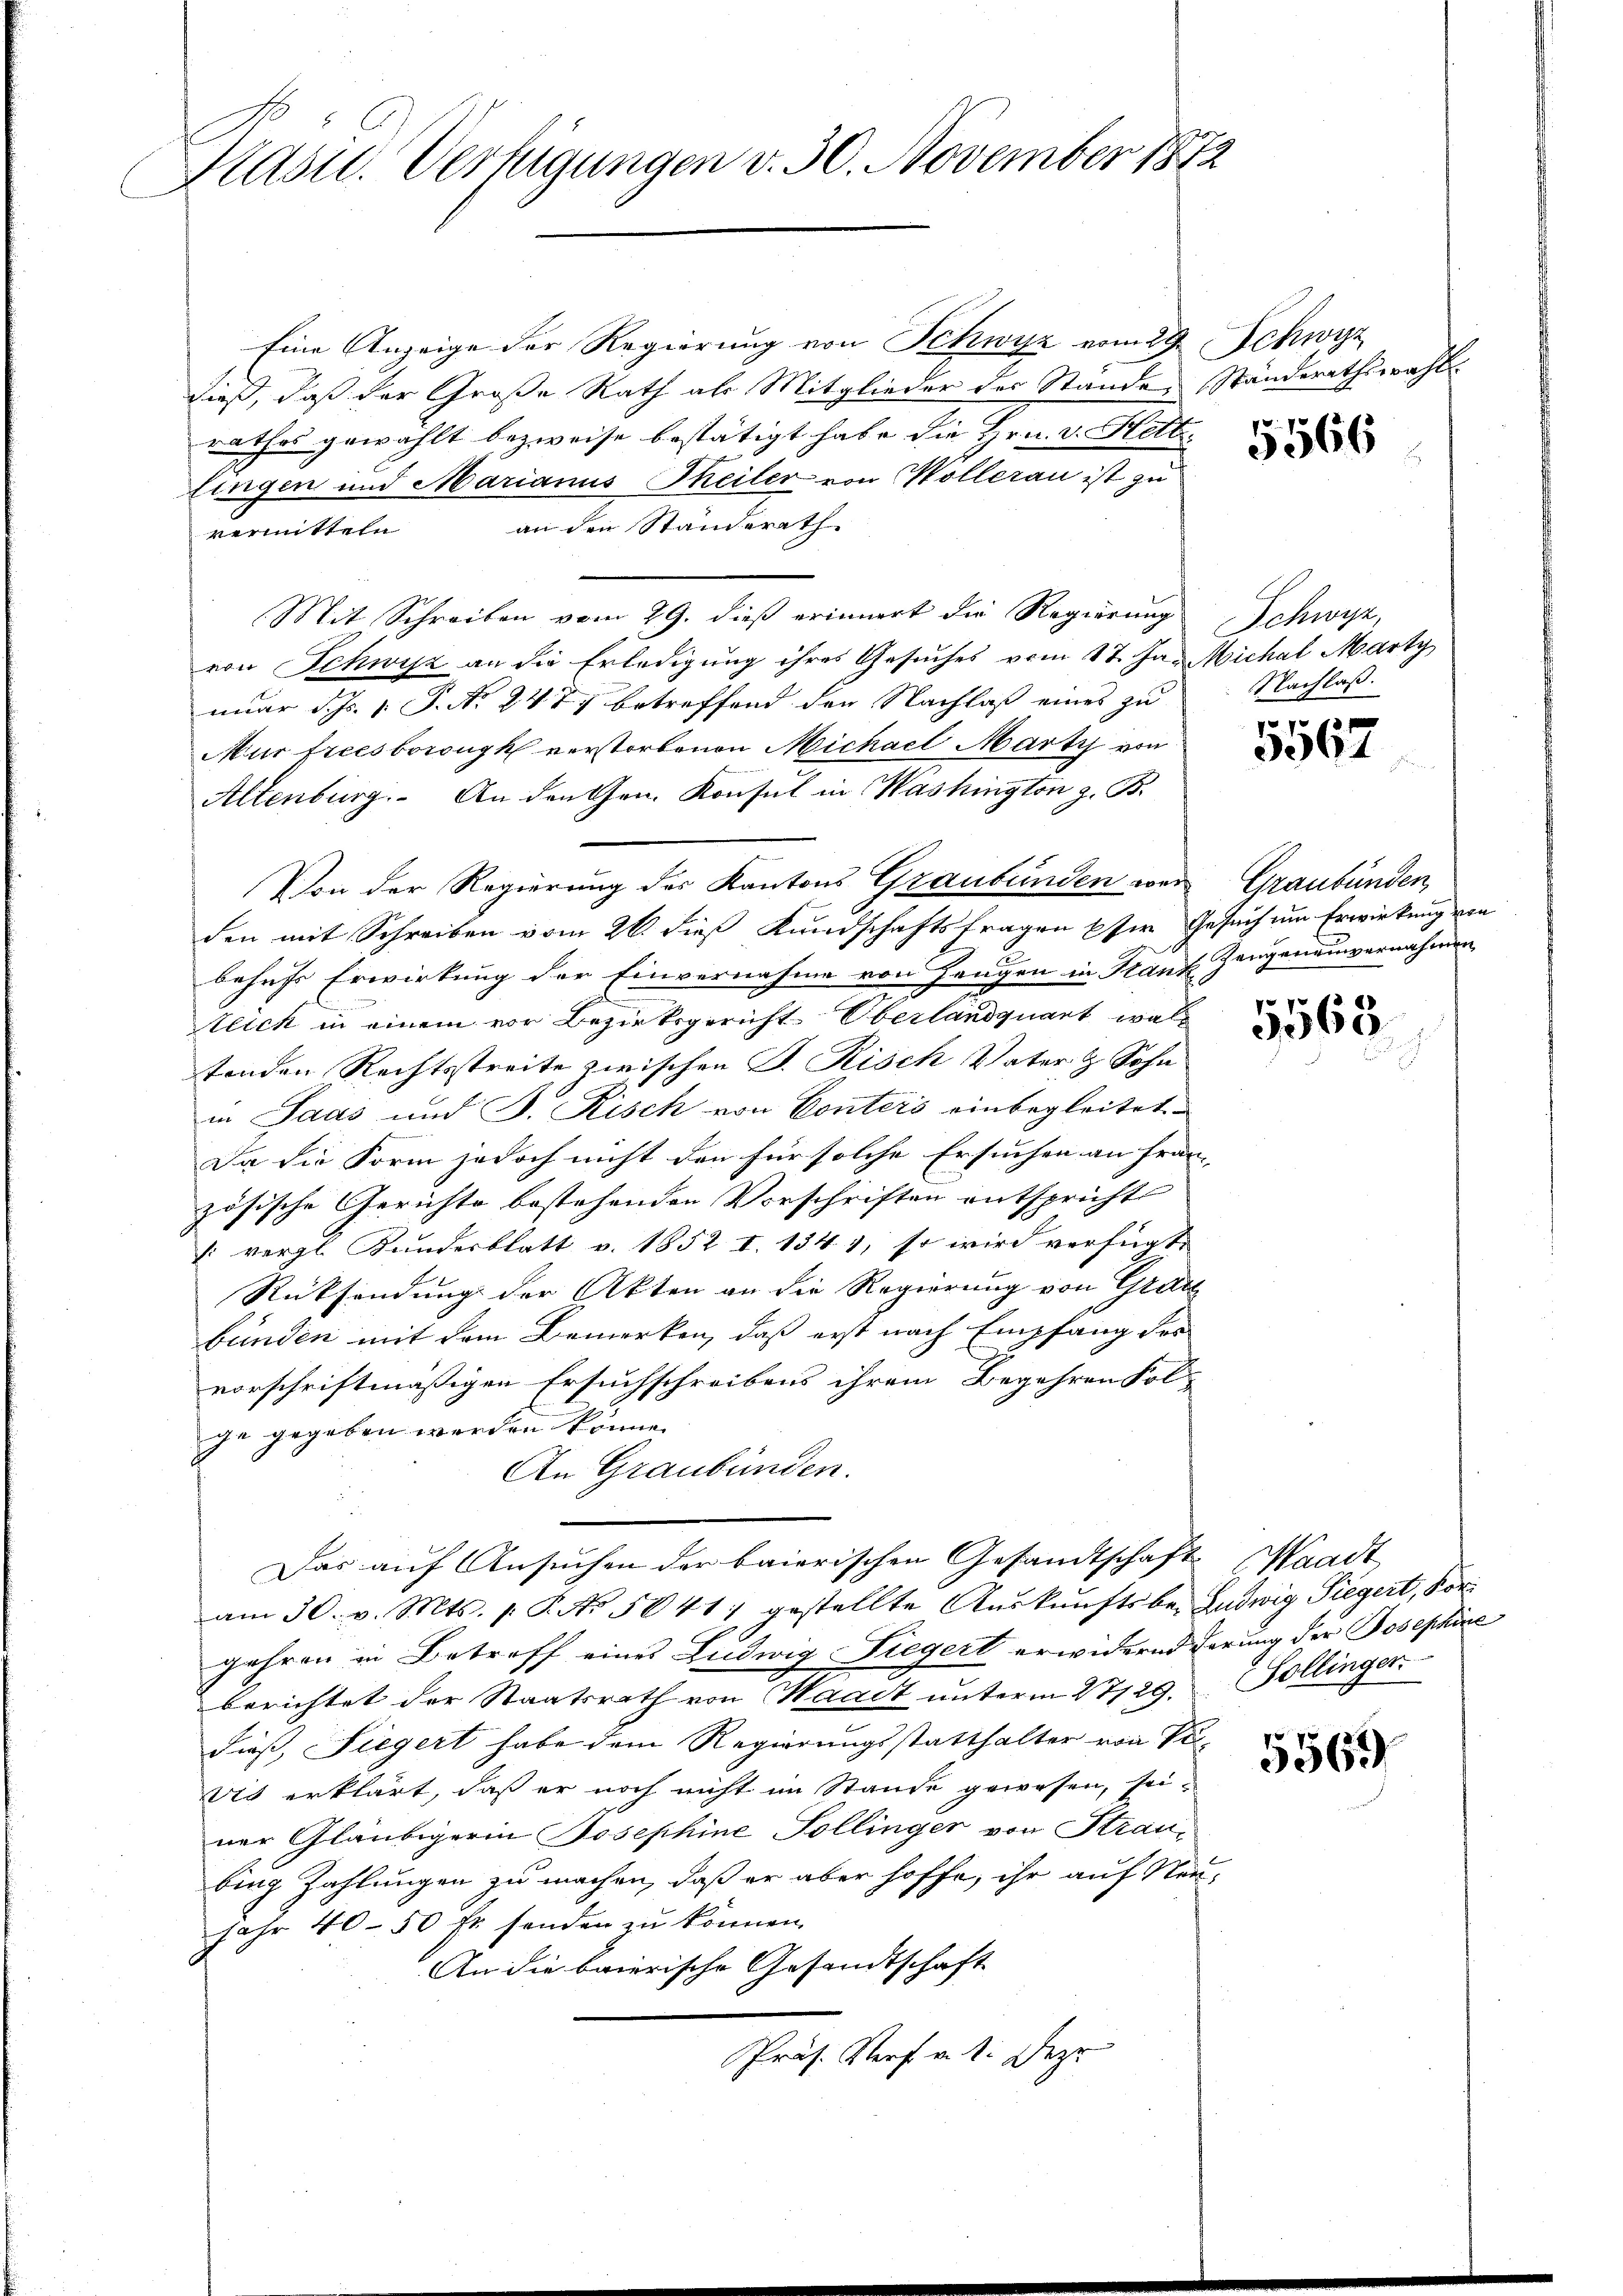
Prasil. Vertigungen v. 30. November 1872

Eine Anzeige der Regierung von Schwyz vom 29. Schwyz
dieß, daß der Große Rath als Mitglieder der Stande, Ständerathswahl
rathes gewählt bezweife bestätigt habe die Hrn. v. Hettlingen und Marianus Theiler von Wollerau ist zu
an den Standerath
vermitteln
Mit Schreiben vom 29. dieß erinnert die Regierung
von Schwyz an die Erledigung ihres Gesuches vom 17. Ja. Michal Marty
nuar d. Js. 1. P. No 24. 7) betreffend den Nachlaß eines zu
Mur Freesborough verstorbenen Michael Marty von
Altenburg. An den Gen. Konsul in Washington z. B.
Von der Regierung des Kantons Graubünden wer Graubünden,
den mit Schreiben vom 26. dieß Kundschaftsfragen pfer Gesuch um Erwirkung von
2
behufs Erwirkung der Einvernahme von Zeugen in Stand Zeugenauvernahmen
teich in einem vor Bezirksgericht Oberlandquart wal
tenden Rechtsstreite zwischen P. Risch Vater & Sohn
in Jaas und B. Risch von Conters einbegleitet
Da die Form jedoch nicht den für solche Ersuchen an fran- |
zösische Gerichte bestehenden Vorschriften entspricht
: vergl. Kundesblatt v. 1852 I. 1341, so wird verfügt
Rücksendung der Akten an die Regierung von Grau
bünden mit dem Bemerken, daß erst nach Empfang der
vorschriftmäßigen Ersuchschreibens ihrem Begehren Fol
ge gegeben werden könne.
An Graubünden.
Das auf Ansuchen der baierischen Gesandtschaft Waadt
am 30. v. Mts. p. P. No. 5041 : gestellte Aŭskŭnftsbei Ludwig Siegert, Vorgehren in Betreff eines Ludwig Liegert erwidernd ferung der Josephine
berichtet der Staatsrath von Waadt unterm 27129. Zollinger
dieß, Siegert habe dem Regierungsstatthalter von Se
vis erklärt, daß er noch nicht im Stande gewesen, seiner Gläubigerin Josephine Sollinger von Straubing Zahlungen zu machen, daß er aber hoffe, ihr auf Neu-
jahr 40-50 fr. senden zŭ können.
An die baierische Gesandtschaft
Präs. Storf v. 1. Deze

5566

Schwyz,
Nachlaß.

f xx
304

5565.

5569